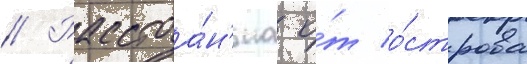
// Расстоа́н'иа о́т о́строва